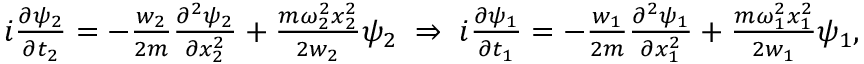
\begin{array} { r } { i \frac { \partial \psi _ { 2 } } { \partial t _ { 2 } } = - \frac { w _ { 2 } } { 2 m } \frac { \partial ^ { 2 } \psi _ { 2 } } { \partial x _ { 2 } ^ { 2 } } + \frac { m \omega _ { 2 } ^ { 2 } x _ { 2 } ^ { 2 } } { 2 w _ { 2 } } \psi _ { 2 } \; \Rightarrow \; i \frac { \partial \psi _ { 1 } } { \partial t _ { 1 } } = - \frac { w _ { 1 } } { 2 m } \frac { \partial ^ { 2 } \psi _ { 1 } } { \partial x _ { 1 } ^ { 2 } } + \frac { m \omega _ { 1 } ^ { 2 } x _ { 1 } ^ { 2 } } { 2 w _ { 1 } } \psi _ { 1 } , } \end{array}